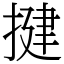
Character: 揵